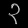
Digit: ၃